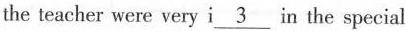
the teacher were very i\underline{3} in the special